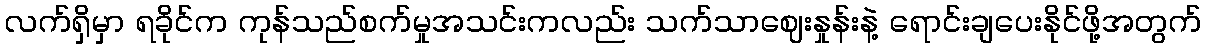
လက်ရှိမှာ ရခိုင်က ကုန်သည်စက်မှုအသင်းကလည်း သက်သာဈေးနှုန်းနဲ့ ရောင်းချပေးနိုင်ဖို့အတွက်